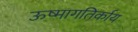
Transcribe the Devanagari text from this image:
ऊष्मागतिर्काय